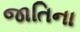
જાતિના